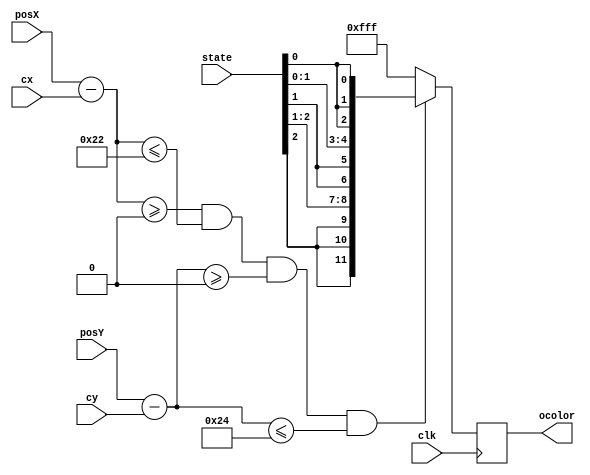
`timescale 1ns / 1ps

module debugblock(
	input wire clk,
    input wire [9:0] cx,
    input wire [8:0] cy,
	input wire [8:0] posY,
	input wire [9:0] posX,
    input wire [2:0] state,
	output reg [11:0] ocolor
    );

	// wire[23:0] load;
	// wire[11:0] address;

	localparam height = 36;
	localparam width = 34;

	localparam TOP_BOARD = 9'd50,
               BOTTOM_BOARD = 9'd430,
               LEFT_BOARD = 10'd50,
               RIGHT_BOARD = 10'd590;
    localparam MARIO_INITIAL  = 3'b000,
               MARIO_FLYING   = 3'b001,
               MARIO_JUMPING  = 3'b010,
               MARIO_WALKING  = 3'b011,
               MARIO_STANDING = 3'b100,
               MARIO_DYING    = 3'b101,
               MARIO_CLAMPING = 3'b110;

    wire [9:0] relative_x;
    wire [8:0] relative_y;

    assign relative_x = posX - cx;
    assign relative_y = posY - cy;
	//IP core storing the image
	// img2 load_color(.a(address), .spo(load));
	// assign address = (row - posY) * width + (col - posX);
	always@(posedge clk)
	begin
		if(relative_x >= 0 && relative_x <= width && relative_y >= 0 && relative_y <= height) begin
            ocolor = {state[2], state[2], state[2], state[2], state[1], state[1], state[1], state[1], state[0], state[0], state[0], state[0]};
        end
		else ocolor = 12'hFF_F;
	end

endmodule